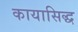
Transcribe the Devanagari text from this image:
कायासिद्ध